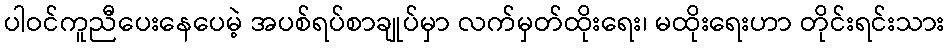
ပါဝင်ကူညီပေးနေပေမဲ့ အပစ်ရပ်စာချုပ်မှာ လက်မှတ်ထိုးရေး၊ မထိုးရေးဟာ တိုင်းရင်းသား